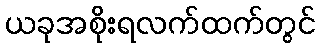
ယခုအစိုးရလက်ထက်တွင်